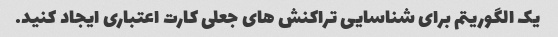
یک الگوریتم برای شناسایی تراکنش های جعلی کارت اعتباری ایجاد کنید.